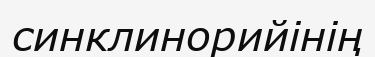
синклинорийінің